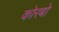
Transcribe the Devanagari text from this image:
कोरबो